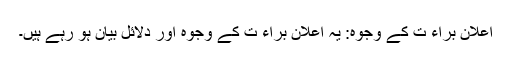
اعلان براء ت کے وجوہ: یہ اعلان براء ت کے وجوہ اور دلائل بیان ہو رہے ہیں۔